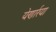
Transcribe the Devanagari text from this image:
येणार्रया